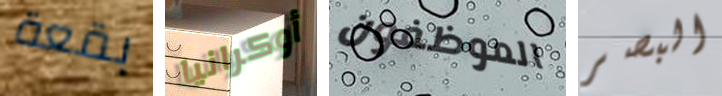
بقعة أوكرانيا الموظفون البصر